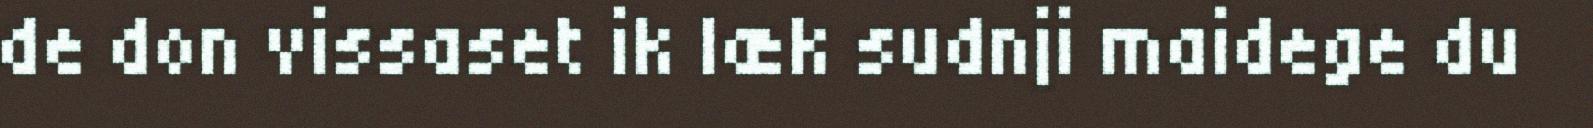
de don vissaset ik læk sudnji maidege du